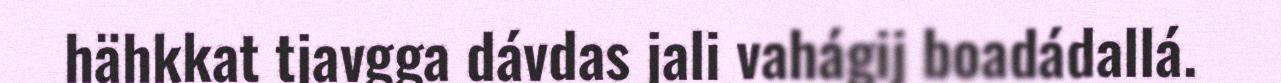
hähkkat tjavgga dávdas jali vahágij boadádallá.